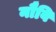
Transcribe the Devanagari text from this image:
नौवि